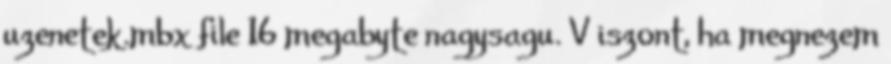
uzenetek.mbx file 16 megabyte nagysagu. V iszont, ha megnezem